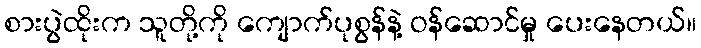
စားပွဲထိုးက သူတို့ကို ကျောက်ပုစွန်နဲ့ ဝန်ဆောင်မှု ပေးနေတယ်။